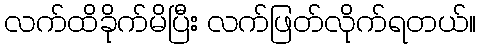
လက်ထိခိုက်မိပြီး လက်ဖြတ်လိုက်ရတယ်။